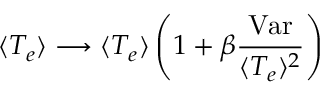
\langle T _ { e } \rangle \longrightarrow \langle T _ { e } \rangle \left( 1 + \beta \frac { \mathrm { V a r } } { \langle T _ { e } \rangle ^ { 2 } } \right)